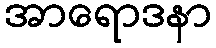
အာရောဒနာ